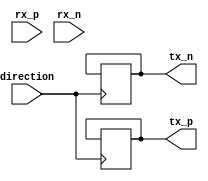
module differential_buffer (
    input wire rx_p, rx_n,     // Inputs for the receiver side of the differential buffer
    output reg tx_p, tx_n,     // Outputs for the transmitter side of the differential buffer
    input wire direction       // Control signal for direction control
);

// Differential receiver logic
assign rx_p = rx_p;
assign rx_n = rx_n;

// Differential transmitter logic with direction control
always @ (posedge direction)
begin
    if (direction == 1'b0) // Transmit data from rx_p and rx_n to tx_p and tx_n
    begin
        tx_p <= rx_p;
        tx_n <= rx_n;
    end
    else // Transmit data from tx_p and tx_n to rx_p and rx_n
    begin
        rx_p <= tx_p;
        rx_n <= tx_n;
    end
end

endmodule